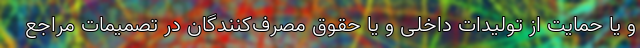
و یا حمایت از تولیدات داخلی و یا حقوق مصرف‌کنندگان در تصمیمات مراجع